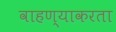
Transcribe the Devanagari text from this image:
वाहण्याकरता